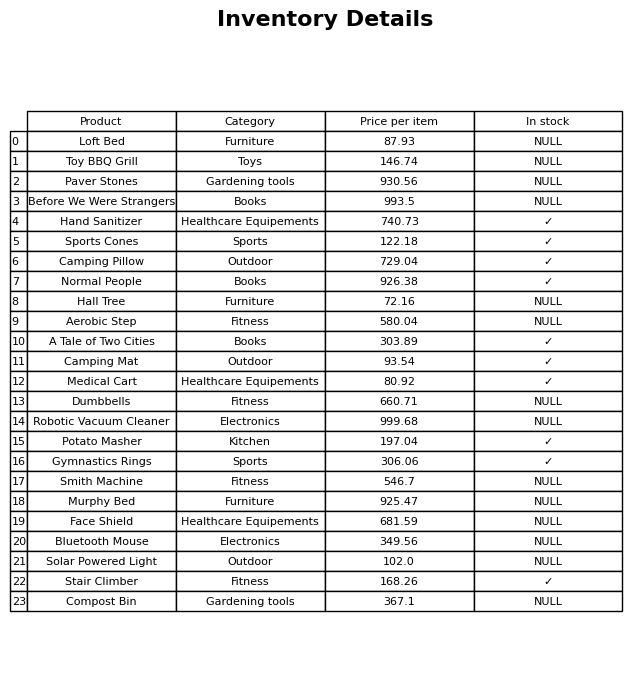
question: What is the price for Dumbbells?
answer: The price of Dumbbells is 660.71.